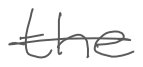
Text: the
Cross-out: single-line
Writing tool: digital_gray